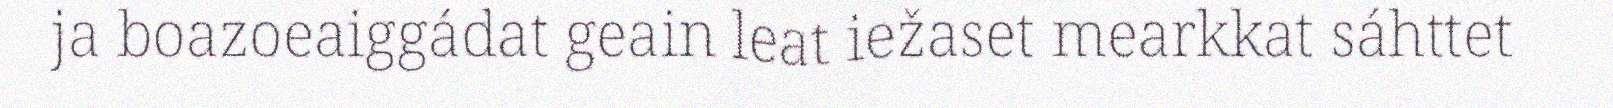
ja boazoeaiggádat geain leat iežaset mearkkat sáhttet